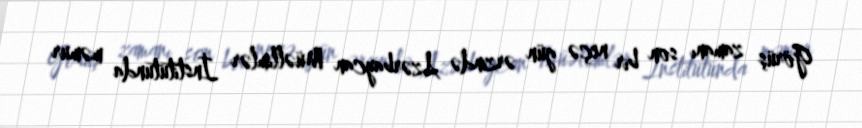
Görüş zamanı son bir neçə gün ərzində Azərbaycan Müəllimlər İnstitutunda məmur